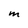
Character: M